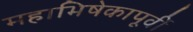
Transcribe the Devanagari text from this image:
महाभिषेकापूर्वी